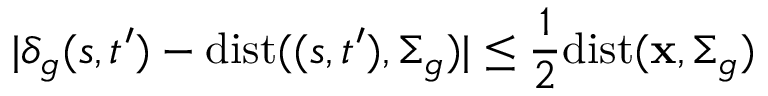
| \delta _ { g } ( s , t ^ { \prime } ) - \mathrm { d i s t } ( ( s , t ^ { \prime } ) , \Sigma _ { g } ) | \leq \frac { 1 } { 2 } \mathrm { d i s t } ( \mathbf { x } , \Sigma _ { g } ) \,